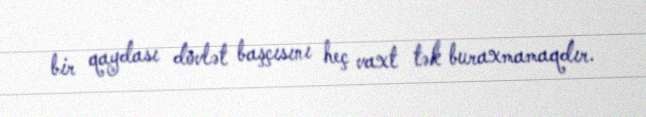
bir qaydası dövlət başçısını heç vaxt tək buraxmamaqdır.